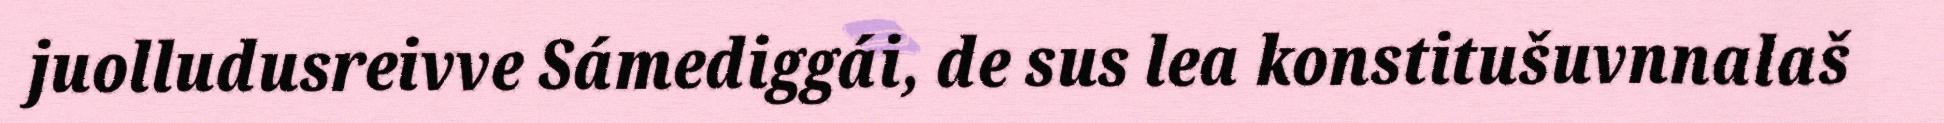
juolludusreivve Sámediggái, de sus lea konstitušuvnnalaš